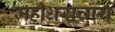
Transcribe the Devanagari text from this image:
महीधराचार्य